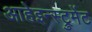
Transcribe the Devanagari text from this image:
आहेइन्स्ट्रुमेंट